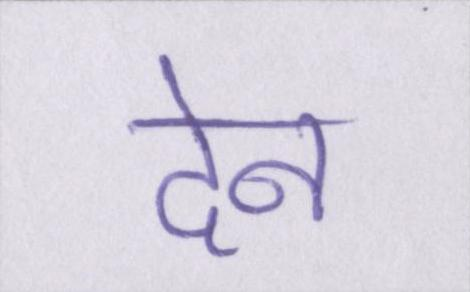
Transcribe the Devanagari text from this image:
देन